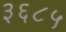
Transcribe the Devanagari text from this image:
३६८५